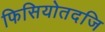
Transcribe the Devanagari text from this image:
फिसियोतदजि